Leaving Certificate Examination (including Day School Certificate (Higher) General paper), 1929
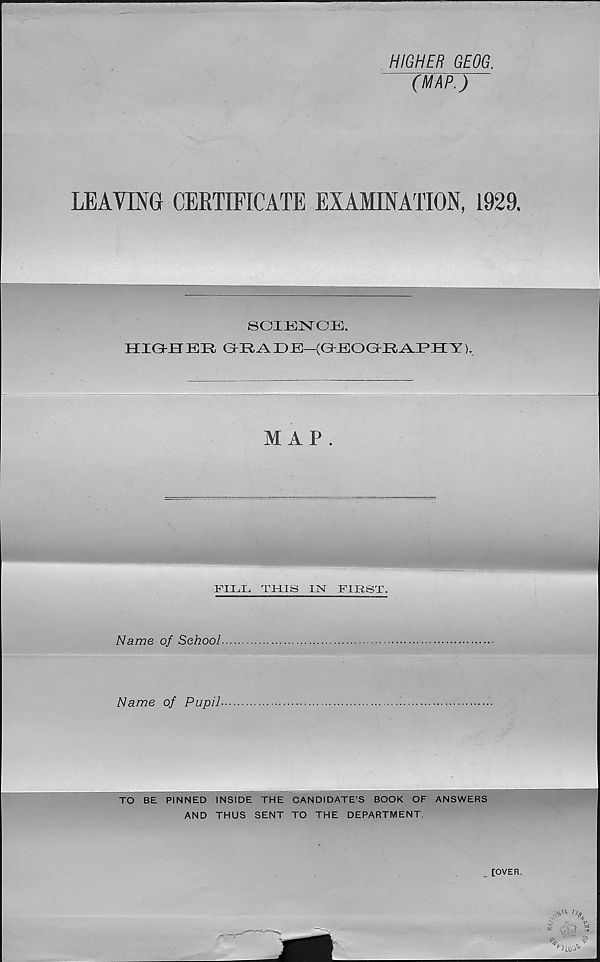
HIGHER GEOG.
(MAP.)
LEAVING CERTIFICATE EXAMINATION, 1929.
'
SOIBISrOE.
IIXGrHKR ( AKA I) K (O KOa R^PII Y).
M AP .
.
FILL THIS IN FIRST.
Name of School..
Name of Pupil
TO BE PINNED INSIDE THE CANDIDATE’S BOOK OF ANSWERS
AND THUS SENT TO THE DEPARTMENT.
^ kW*